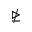
\ntrianglerighteq